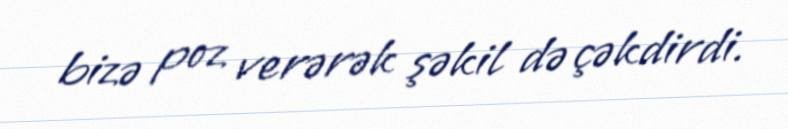
bizə poz verərək şəkil də çəkdirdi.